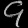
Digit: ၄